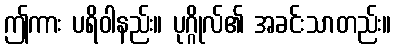
ဤကား ပရိဝါနည်း။ ပုဂ္ဂိုလ်၏ အခင်းသာတည်း။